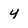
Character: y